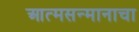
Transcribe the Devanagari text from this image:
आत्मसन्मानाचा